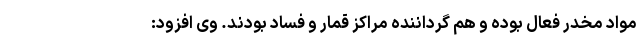
مواد مخدر فعال بوده و هم گرداننده مراکز قمار و فساد بودند. وی افزود: